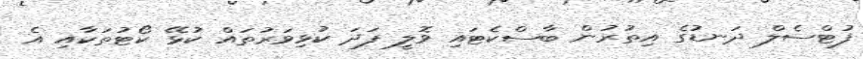
ފުޓްސެލް ދަނޑުގެ އިތުރުން ބާސްކެޓައި ވޮލީ ފަދަ ކުޅިވަރުތައް ކުޅޭ ކޯޓުތަކާއި އެ